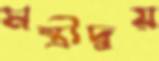
মন্ত্রীদ্বয়